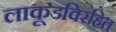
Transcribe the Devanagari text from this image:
लाकूडविरहित